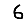
Digit: 6